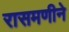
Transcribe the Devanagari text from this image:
रासमणीने